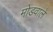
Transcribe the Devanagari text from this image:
मोडवाले